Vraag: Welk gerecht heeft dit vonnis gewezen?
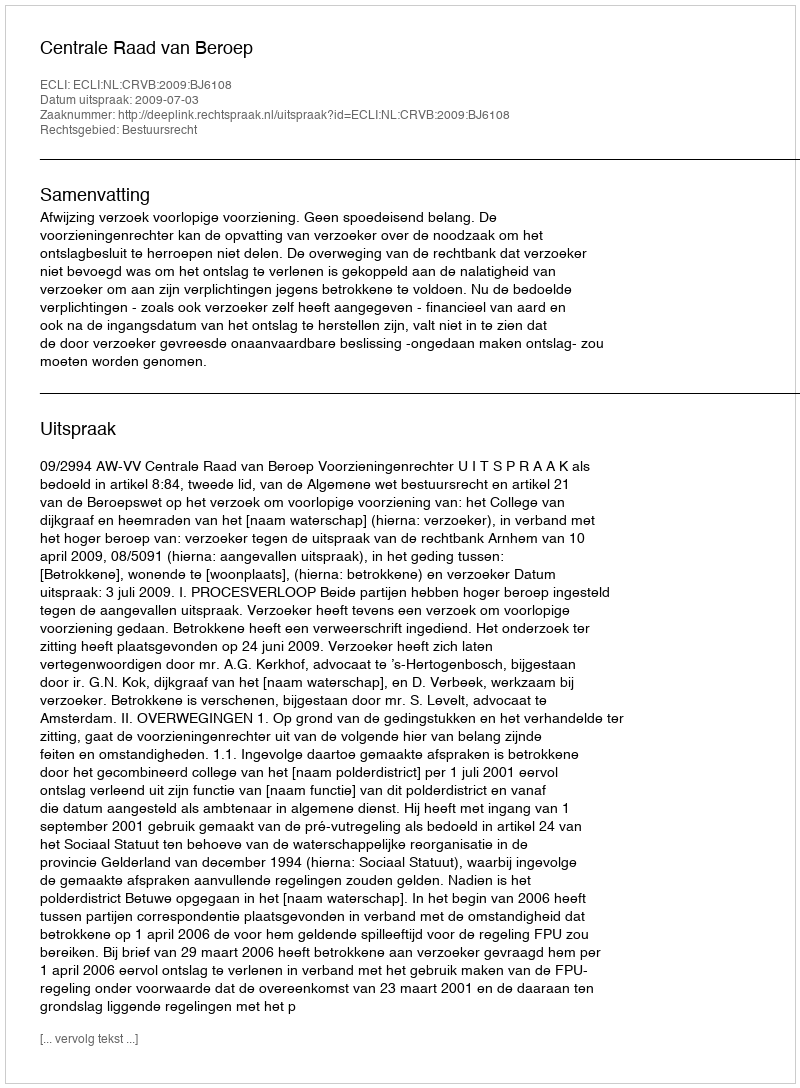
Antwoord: Centrale Raad van Beroep